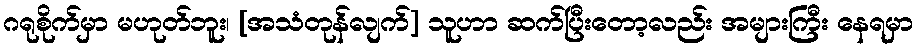
ဂရုစိုက်မှာ မဟုတ်ဘူး၊ [အသံတုန်လျက်] သူဟာ ဆက်ပြီးတော့လည်း အများကြီး နေရမှာ